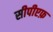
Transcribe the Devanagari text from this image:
सीपीएफ़